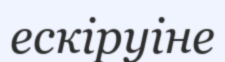
ескіруіне